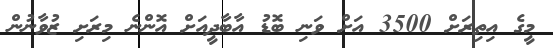
މީގެ އިތިރަށް 3500 އަށް ވަނި ބޮޑު އާބާދީއަށް އޮންނެ މިރަށި ޒުވާނުން